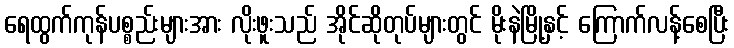
ရေထွက်ကုန်ပစ္စည်းများအား လိုးဖူးသည် အိုင်ဆိုတုပ်များတွင် မိုးနဲမြို့နှင့် ကြောက်လန့်စေပြီး